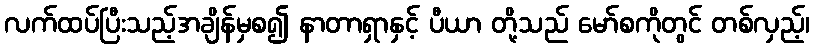
လက်ထပ်ပြီးသည့်အချိန်မှစ၍ နာတာရှာနှင့် ပီယာ တို့သည် မော်စကိုတွင် တစ်လှည့်၊